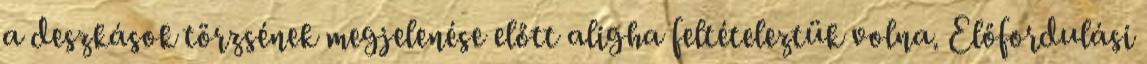
a deszkások törzsének megjelenése előtt aligha feltételeztük volna. Előfordulási